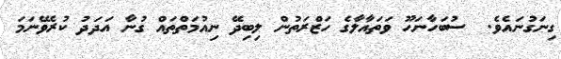
ގިނަގުނައެވެ.  ސުބަހާނަހޫ ވަތައާލާގެ ހަޒްރަތުން ލިބިދޭ ނިއުމަތްތައް ގުނާ އަދަދު ކުރެވޭނަމަ